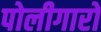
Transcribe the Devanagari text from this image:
पोलीगारों